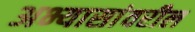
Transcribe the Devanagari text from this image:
अभ्यासांवरील